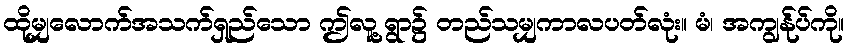
ထိုမျှလောက်အသက်ရှည်သော ဤလူ့ရွာ၌ တည်သမျှကာလပတ်လုံး။ မံ၊ အကျွန်ုပ်ကို။